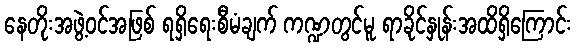
နေတိုးအဖွဲ့ဝင်အဖြစ် ရရှိရေးစီမံချက် ကဏ္ဍတွင်မူ ရာခိုင်နှုန်းအထိရှိကြောင်း